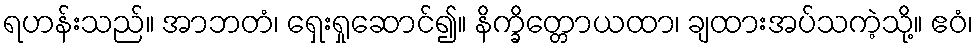
ရဟန်းသည်။ အာဘတံ၊ ရှေးရှုဆောင်၍။ နိက္ခိတ္တောယထာ၊ ချထားအပ်သကဲ့သို့။ ဧဝံ၊